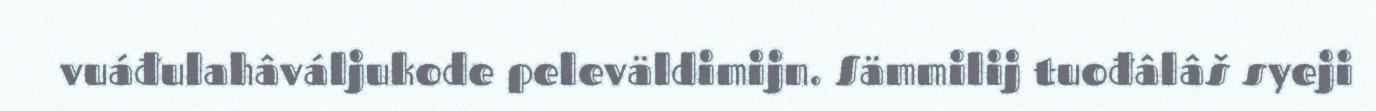
vuáđulahâváljukode peleväldimijn. Sämmilij tuođâlâš syeji